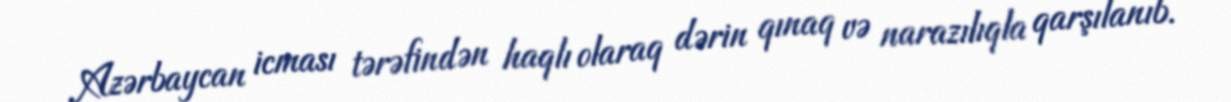
Azərbaycan icması tərəfindən haqlı olaraq dərin qınaq və narazılıqla qarşılanıb.